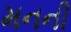
મનની